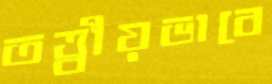
তত্ত্বীয়ভাবে